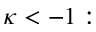
\kappa < - 1 :